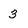
Character: 3